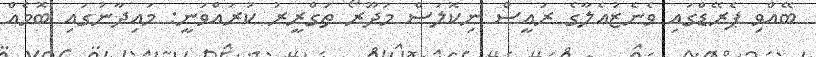
ބޭއްވި ޕެރޭޑްގައި ވެނެޒުއެލާގެ ރައީސް ނިކޮލަސް މަދޫރޯ ތަގްރީރު ކުރައްވަނީ: މައިދާނުގައި ބޮމެއް